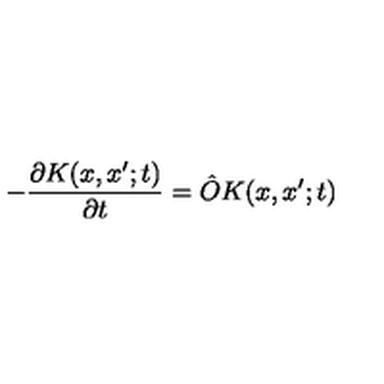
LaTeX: - { \frac { \partial K ( x , x ^ { \prime } ; t ) } { \partial t } } = { \hat { O } } K ( x , x ^ { \prime } ; t )